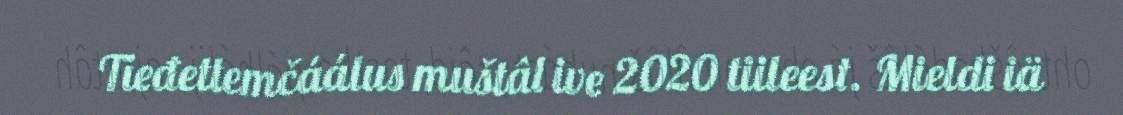
Tieđettemčáálus muštâl ive 2020 tiileest. Mieldi iä